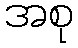
အစု